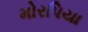
મોરપિયા